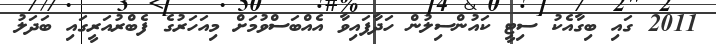
2011 ގައި ބިގާއެކު ސިޓީ ކައުންސިލުން ހަދާފައިވާ އެއްބަސްވުމަށް މިއަހަރުގެ ފެބްރުއަރީގައި ބަދަލު